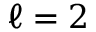
\ell = 2